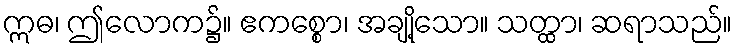
ဣဓ၊ ဤလောက၌။ ဧကစ္စော၊ အချို့သော။ သတ္ထာ၊ ဆရာသည်။